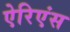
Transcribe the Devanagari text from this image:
ऐरिएंस